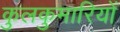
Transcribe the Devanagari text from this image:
कुलकुमारियों